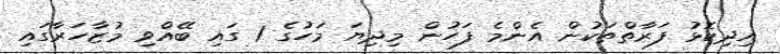
އިދިކޮޅު ފަރާތްތަކުން އެންމެ ފަހުން މިދިޔަ މަހުގެ 1 ގައި ބޭއްވި މުޒާހަރާގައި